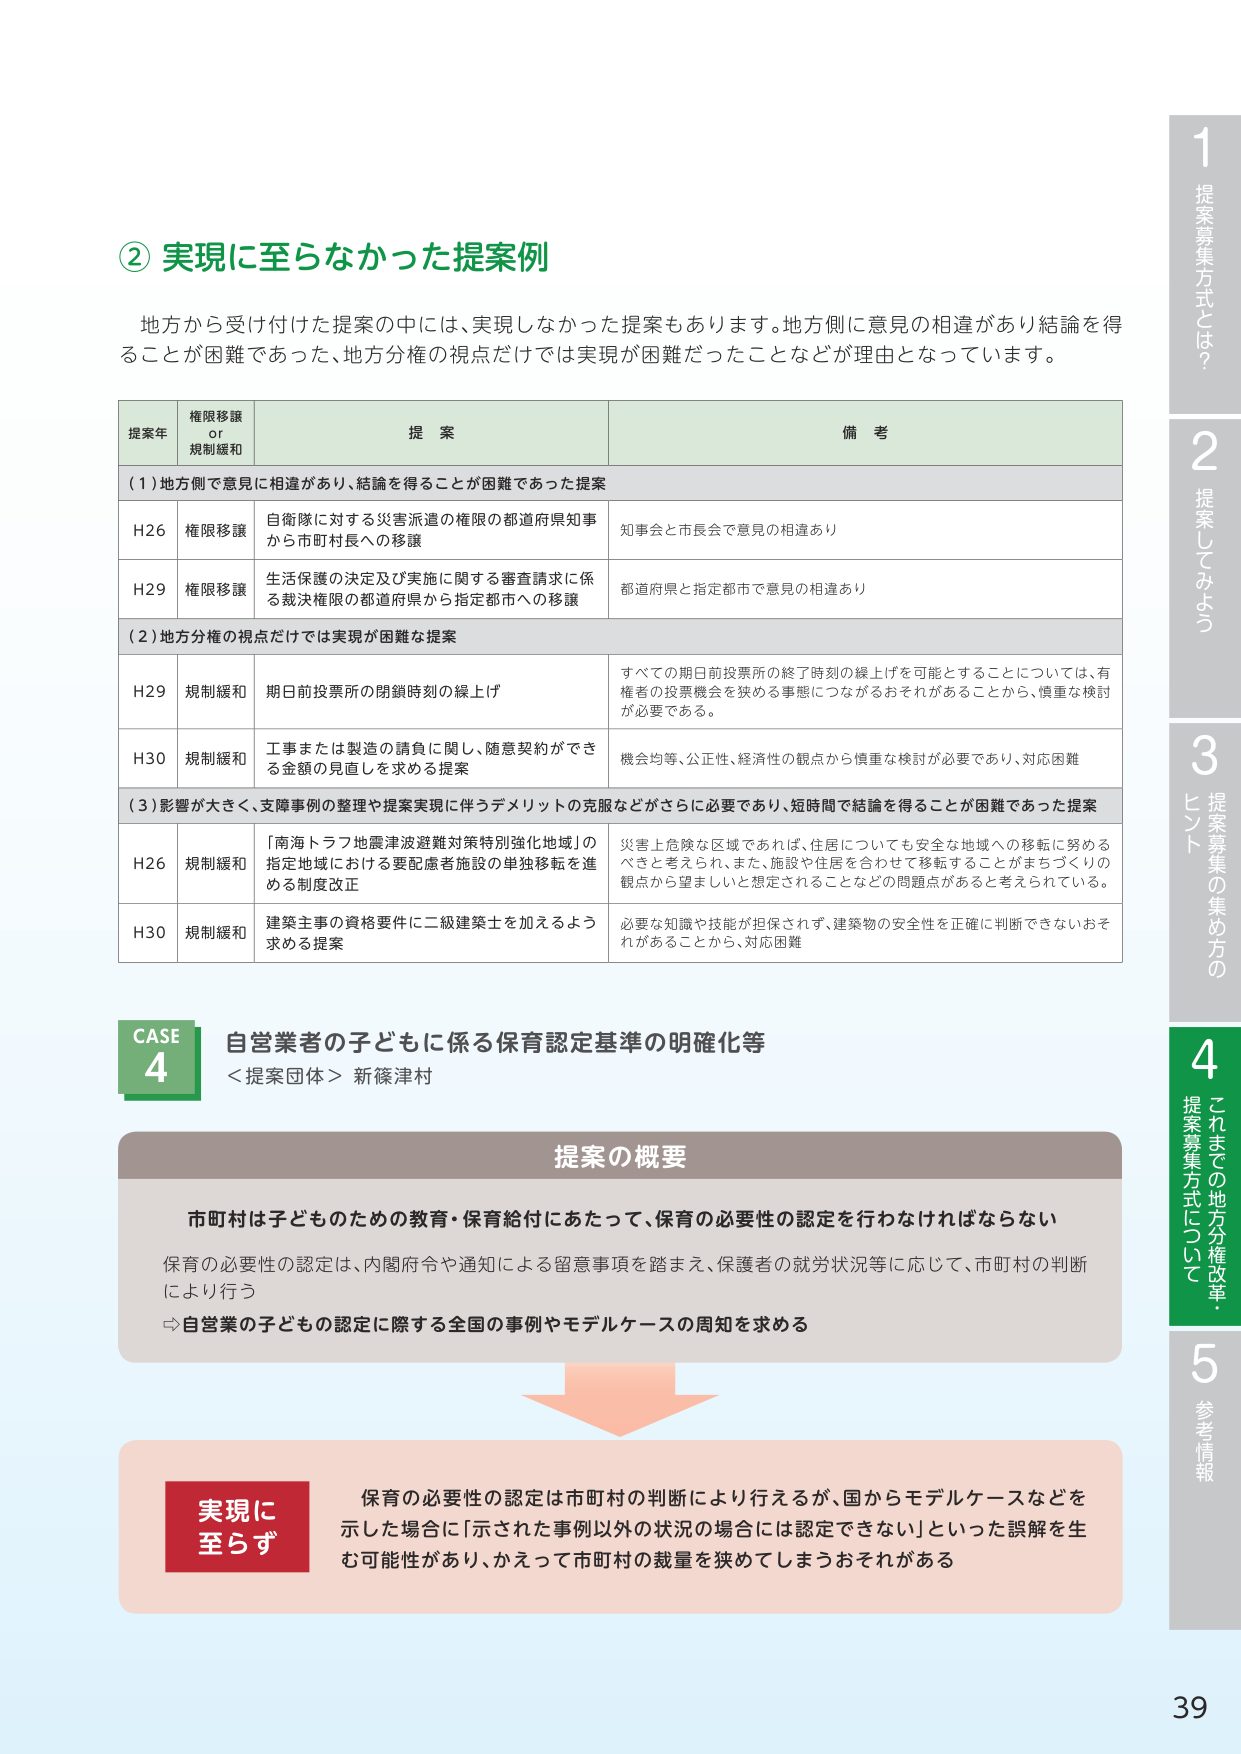
② 実現に至らなかった提案例

地方から受付けた提案の中には、実現しなかった提案もあります。地方側に意見の相違があり結論を得ることが困難であった、地方分権の視点だけでは実現が困難だったことなどが理由となっています。

提案年 権限移譲 or 規制緩和 提案 備考

（1）地方側で意見に相違があり、結論を得ることが困難であった提案

H26 権限移譲 自衛隊に対する災害派遣の権限の都道府県知事から市町村長への移譲 知事会と市長会で意見の相違あり

H29 権限移譲 生活保護の決定及び実施に関する審査請求に係る裁決権限の都道府県から指定都市への移譲 都道府県と指定都市で意見の相違あり

（2）地方分権の視点だけでは実現が困難な提案

H29 規制緩和 期日前投票所の閉鎖時刻の繰上げ すべての期日前投票所の終了時刻の繰上げを可能とすることについては、有権者の投票機会を狭める事態につながるおそれがあることから、慎重な検討が必要である。

H30 規制緩和 工事または製造の請負に関し、随意契約ができる金額の見直しを求める提案 機会均等、公正性、経済性の観点から慎重な検討が必要であり、対応困難

（3）影響が大きく、支援事例の整理や提案実現に伴うデメリットの克服などがさらに必要であり、短時間で結論を得ることが困難であった提案

H26 規制緩和 「南海トラフ地震津波避難対策特別強化地域」の指定地域における要配慮者施設の単独移転を進める制度改正 災害上危険な区域であれば、住居についても安全な地域への移転に努めるべきと考えられ、また、施設や住居を合わせて移転することがまちづくりの観点から望ましいと想定されることなどの問題点があると考えられている。

H30 規制緩和 建築主事の資格要件に二級建築士を加えるよう求める提案 必要な知識や技能が担保されず、建築物の安全性を正確に判断できないおそれがあることから、対応困難

CASE 4 自営業者の子どもに係る保育認定基準の明確化等
＜提案団体＞ 新篠津村

提案の概要

市町村は子どものための教育・保育給付にあたって、保育の必要性の認定を行わなければならない
保育の必要性の認定は、内閣府令や通知による留意事項を踏まえ、保護者の就労状況等に応じて、市町村の判断により行う
→ 自営業の子どもの認定に際する全国の事例やモデルケースの周知を求める

実現に至らず

保育の必要性の認定は市町村の判断により行えるが、国からモデルケースなどを示した場合に「示された事例以外の状況の場合には認定できない」といった誤解を生む可能性があり、かえって市町村の裁量を狭めてしまうおそれがある

1 提案募集方式とは？
2 提案してみよう
3 ヒント 提案募集の集め方の
4 これまでの地方分権改革・提案募集方式について
5 参考情報

39